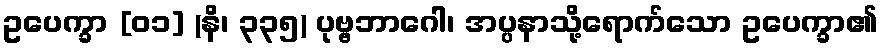
ဥပေက္ခာ [၀၁] (နိ၊ ၃၃၅) ပုဗ္ဗဘာဂေါ၊ အပ္ပနာသို့ရောက်သော ဥပေက္ခာ၏